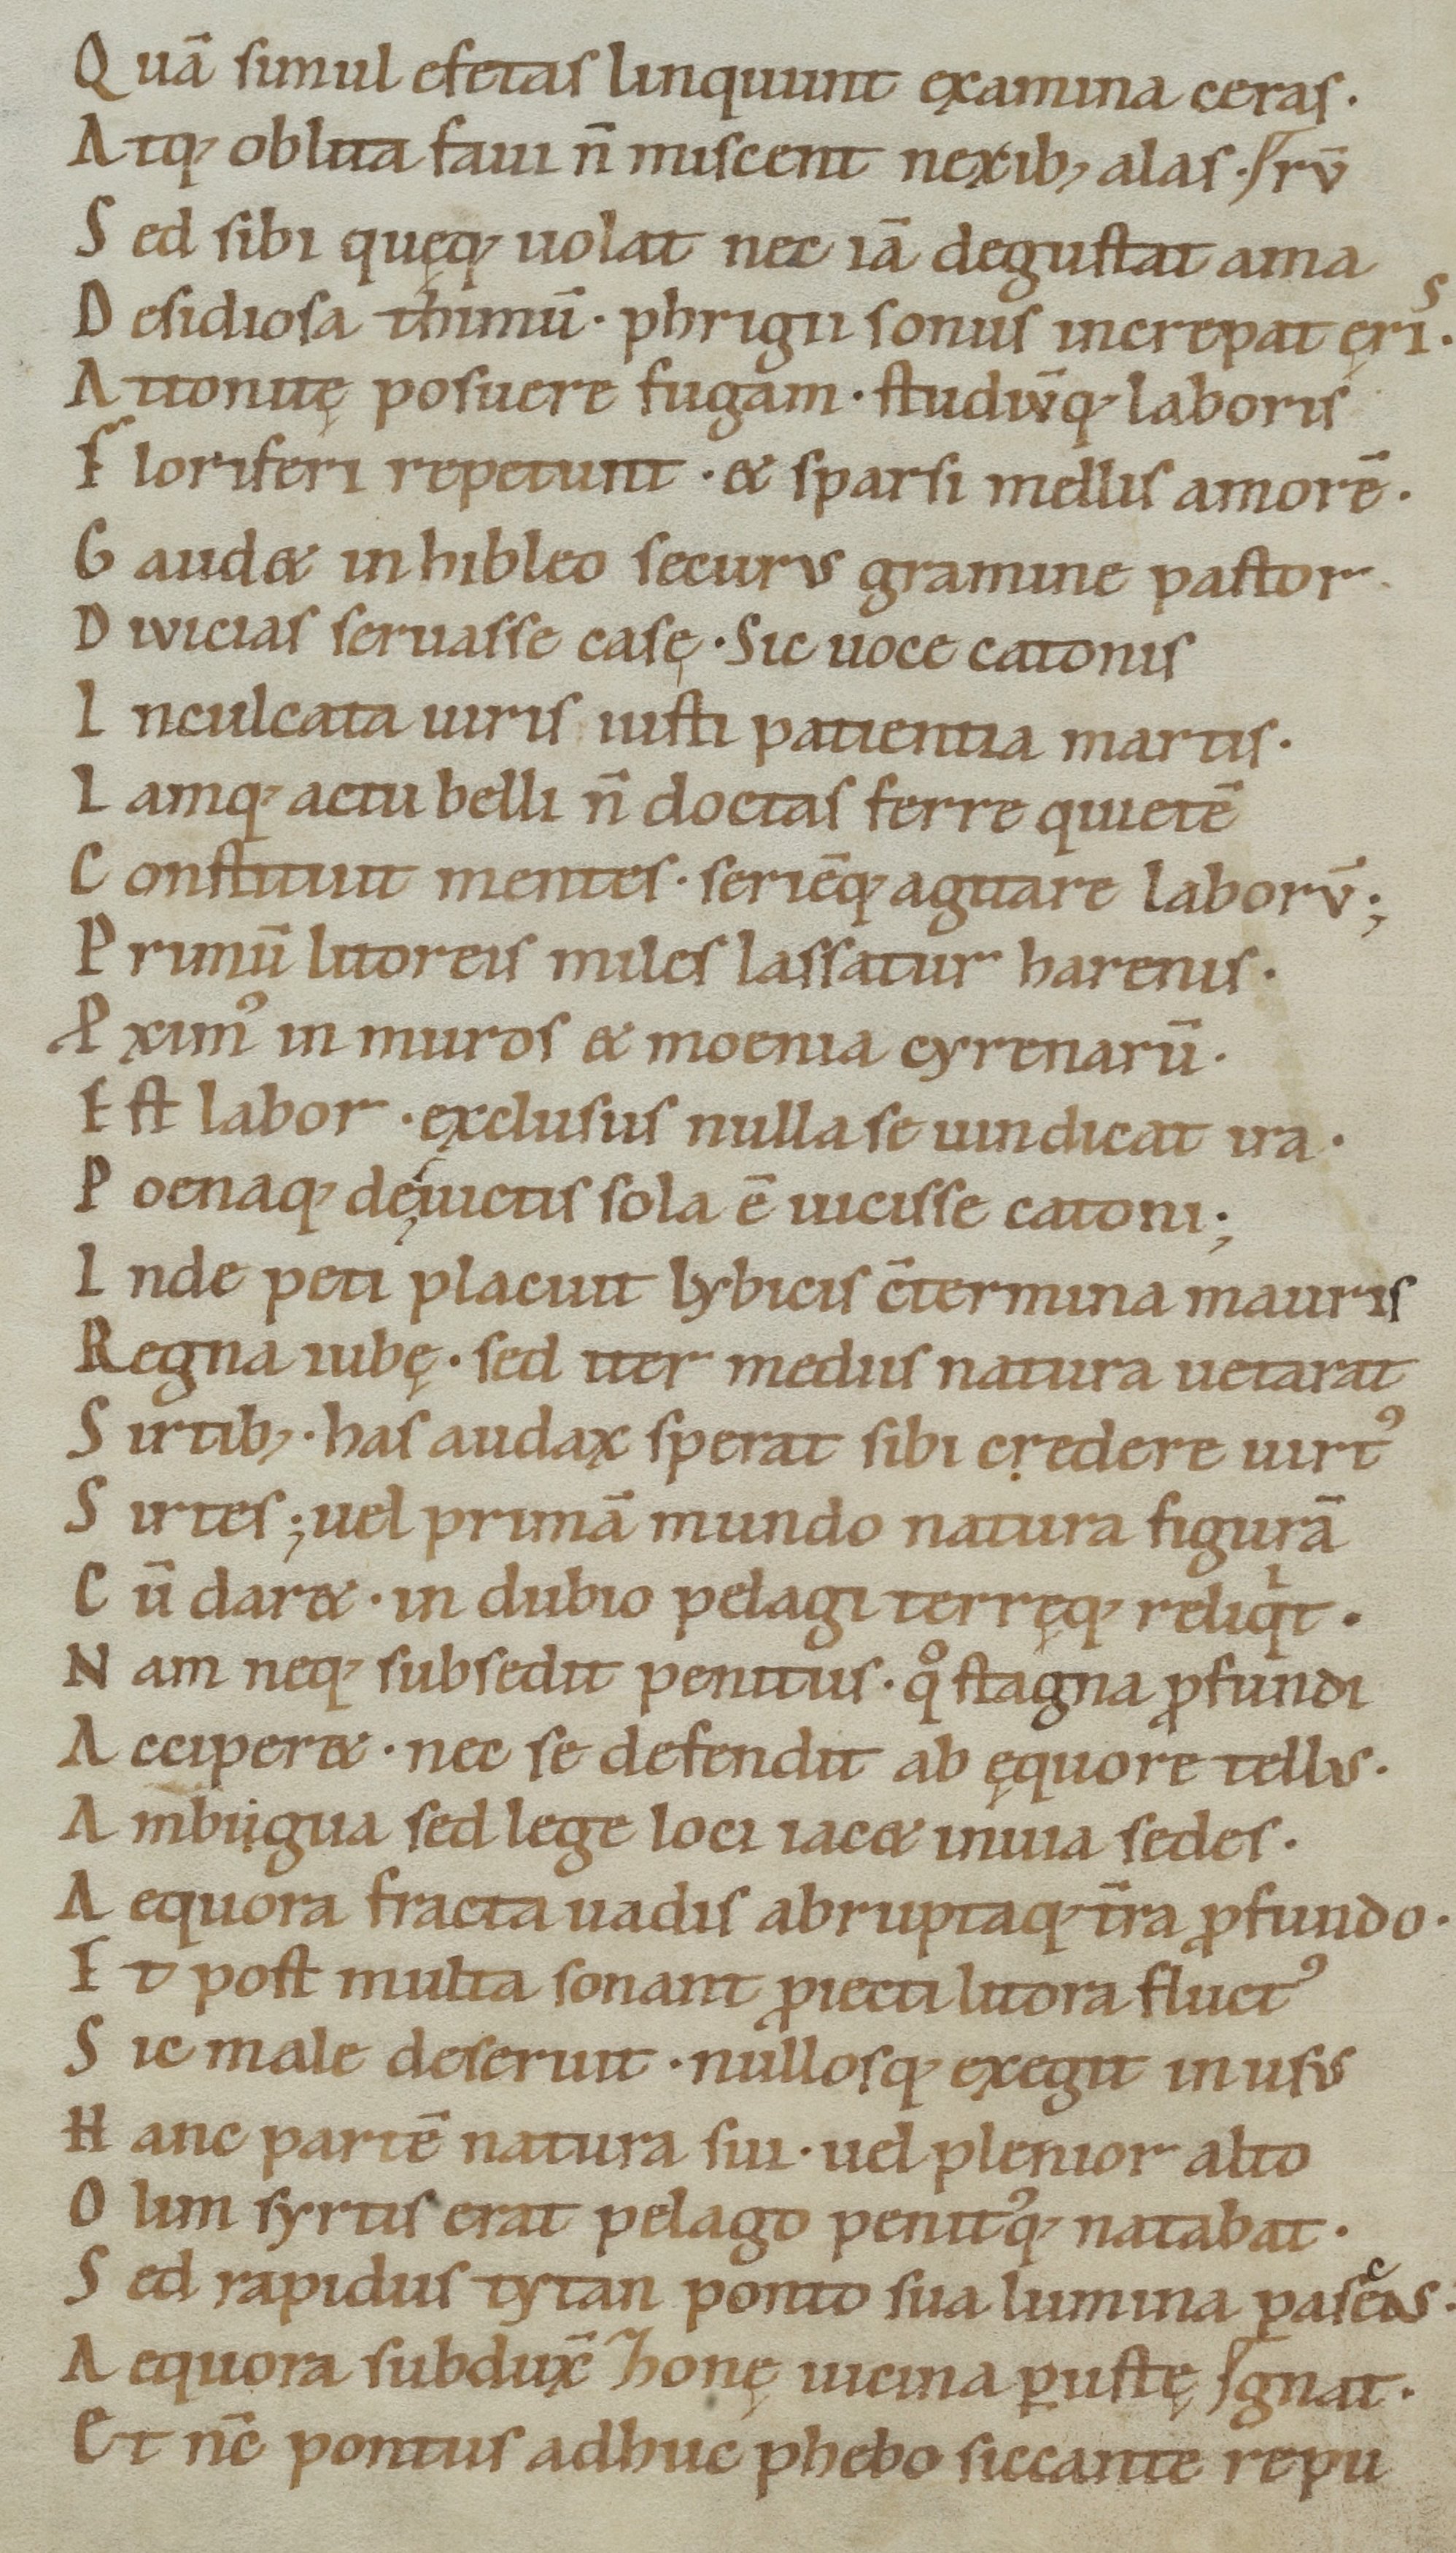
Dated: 1050–1074